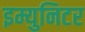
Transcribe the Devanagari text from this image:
इम्युनिटर